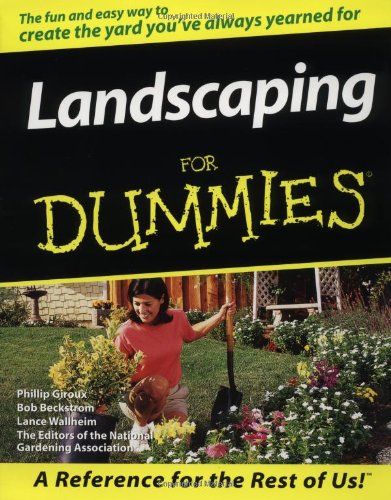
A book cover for Landscaping For Dummies; Phillip Giroux; Crafts, Hobbies & Home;